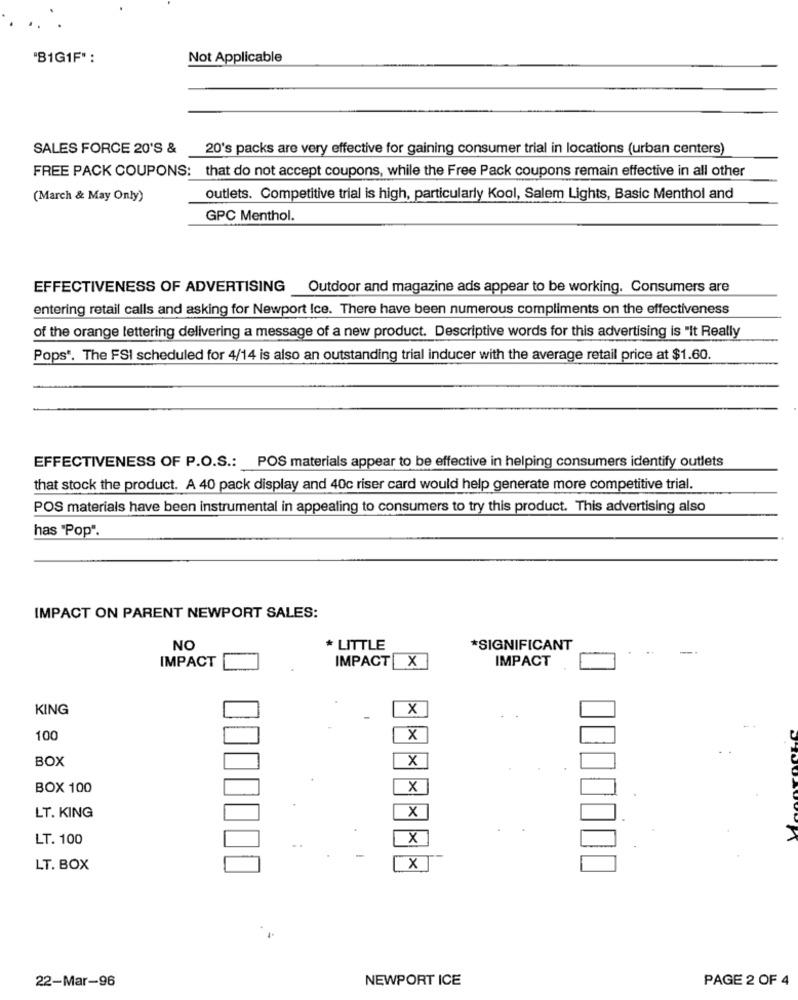
"BIG1F":
Not Applicable
SALES FORCE 20'S &
20's packs are very effective for gaining consumer trial in locations (urban centers)
FREE PACK COUPONS: that do not accept coupons, while the Free Pack coupons remain effective in all other
(March & May Only)
outlets. Competitive trial is high, particularly Kool, Salem Lights, Basic Menthol and
GPC Menthol.
EFFECTIVENESS OF ADVERTISING
Outdoor and magazine ads appear to be working. Consumers are
entering retail calls and asking for Newport Ice. There have been numerous compliments on the effectiveness
of the orange lettering delivering a message of a new product. Descriptive words for this advertising is "It Really
Pops". The FSI scheduled for 4/14 is also an outstanding trial inducer with the average retail price at $1.60.
EFFECTIVENESS OF P.O.S .: POS materials appear to be effective in helping consumers identify outlets
that stock the product. A 40 pack display and 40c riser card would help generate more competitive trial.
POS materials have been instrumental in appealing to consumers to try this product. This advertising also
has "Pop".
IMPACT ON PARENT NEWPORT SALES:
NO
* LITTLE
*SIGNIFICANT
IMPACT X
IMPACT
IMPACT
KING
x
100
X
BOX
x
BOX 100
X
.
X
LT. KING
.
LT. 100
X
LT. BOX
X
22-Mar-96
NEWPORT ICE
PAGE 2 OF 4